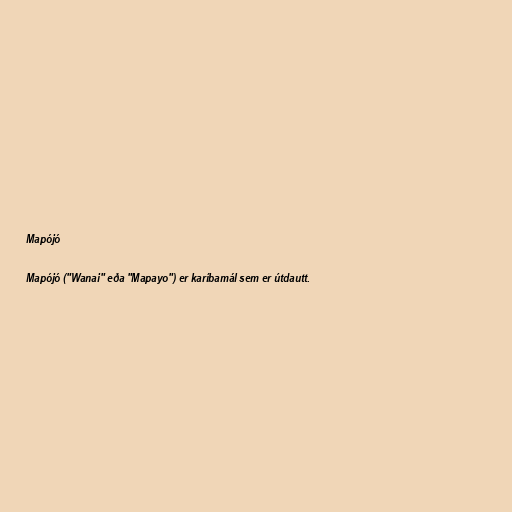
Mapójó

Mapójó ("Wanai" eða "Mapayo") er karíbamál sem er útdautt.